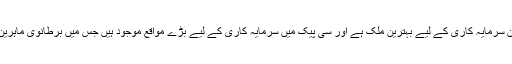
برطانوی وزیر تجارت بگریگ ہینڈز نے کہا کہ پاکستان سرمایہ کاری کے لیے بہترین ملک ہے اور سی پیک میں سرمایہ کاری کے لیے بڑے مواقع موجود ہیں جس میں برطانوی ماہرین مخلتف شعبوں میں اپنا بھرپور کردار ادا کرسکتے ہیں۔